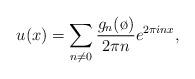
LaTeX: \begin{align*}u(x)=\sum_{n\neq 0}\frac{g_n(\o)}{2\pi n}e^{2\pi inx},\end{align*}